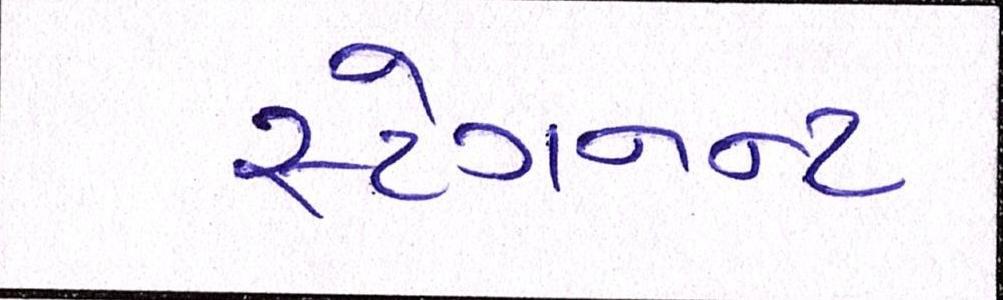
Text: સ્ટેગનન્ટ